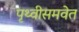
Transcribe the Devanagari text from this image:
पृथ्वीसमवेत